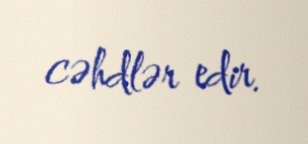
cəhdlər edir.